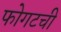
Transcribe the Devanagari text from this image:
फोगटची